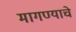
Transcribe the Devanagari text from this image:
मागण्याचे